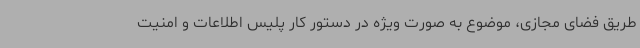
طریق فضای مجازی، موضوع به صورت ویژه در دستور کار پلیس اطلاعات و امنیت